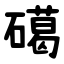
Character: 礍